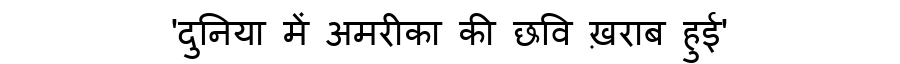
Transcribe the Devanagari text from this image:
'दुनिया में अमरीका की छवि ख़राब हुई'